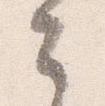
々